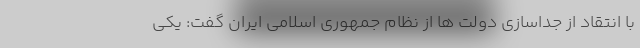
با انتقاد از جداسازی دولت ها از نظام جمهوری اسلامی ایران گفت: یکی